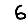
Digit: 6